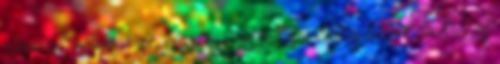
elhinnünk magunkról, hogy mi mindent kordában tudunk tartani és